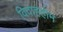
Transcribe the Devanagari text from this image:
विवाहहोम